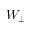
W _ { \perp }